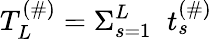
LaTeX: T_{L}^{(\# )}=\Sigma_{s=1}^{L}\; \; t_{s}^{(\# )}